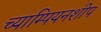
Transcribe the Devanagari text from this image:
च्याम्पियनशीप